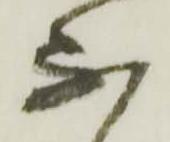
不